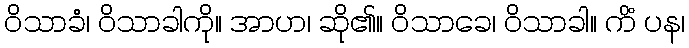
ဝိသာခံ၊ ဝိသာခါကို။ အာဟ၊ ဆို၏။ ဝိသာခေ၊ ဝိသာခါ။ ကိံ ပန၊